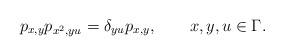
LaTeX: \begin{align*}p_{x,y}p_{x^2,yu}=\delta_{yu}p_{x,y},\qquad{x},y,u\in\Gamma.\end{align*}